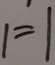
1 = 1